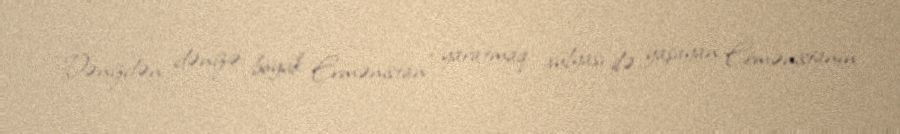
“Dənizdən dənizə böyük Ermənistan” yaratmaq xülyası ilə yaşayan Ermənistanın